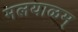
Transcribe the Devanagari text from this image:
मलयाळम्‌